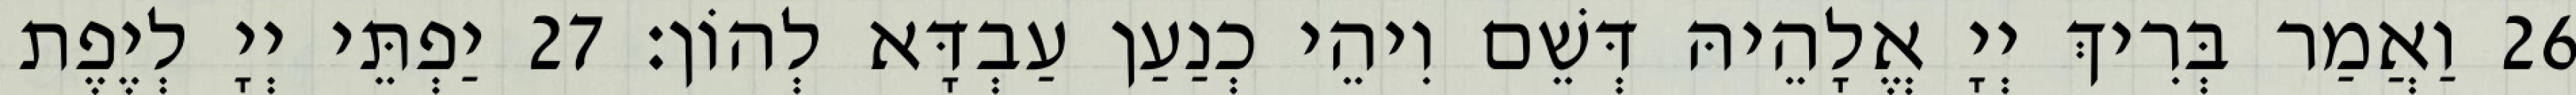
26 וַאֲמַר בְּרִיךְ יְיָ אֱלָהֵיהּ דְּשֵׁם וִיהֵי כְנַעַן עַבְדָּא לְהוֹן׃ 27 יַפְתֵּי יְיָ לְיֶפֶת